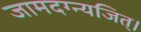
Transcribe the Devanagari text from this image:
जामदग्न्यजित्‌।